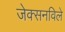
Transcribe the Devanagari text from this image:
जेक्सनविले